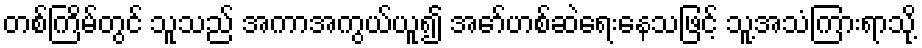
တစ်ကြိမ်တွင် သူသည် အကာအကွယ်ယူ၍ အော်ဟစ်ဆဲရေးနေသဖြင့် သူ့အသံကြားရာသို့